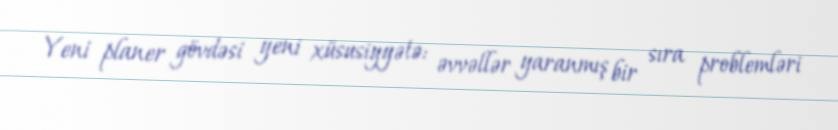
Yeni planer gövdəsi yeni xüsusiyyətə: əvvəllər yaranmış bir sıra problemləri